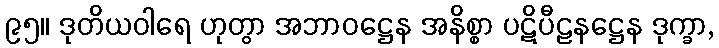
၉၅။ ဒုတိယဝါရေ ဟုတွာ အဘာဝဋ္ဌေန အနိစ္စာ ပဋိပီဠနဋ္ဌေန ဒုက္ခာ,